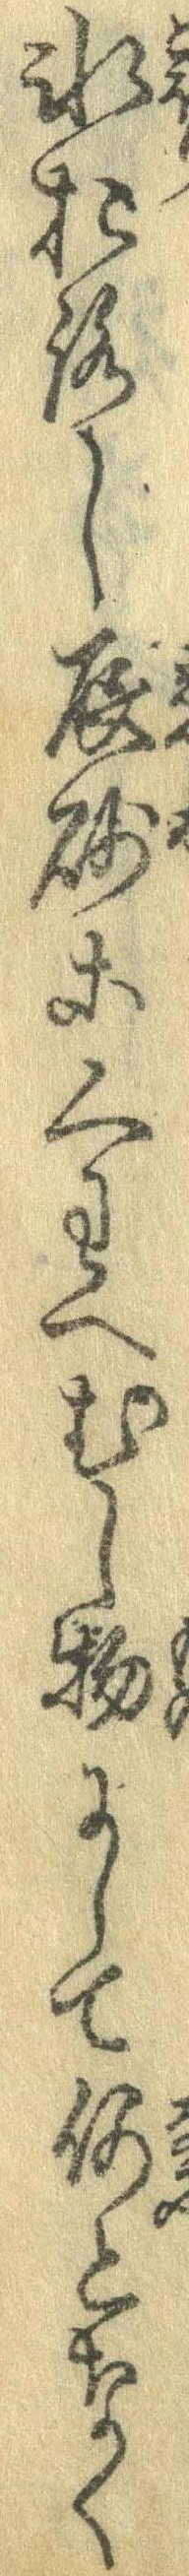
氷おろし辰砂にくわへむし物にして何となく